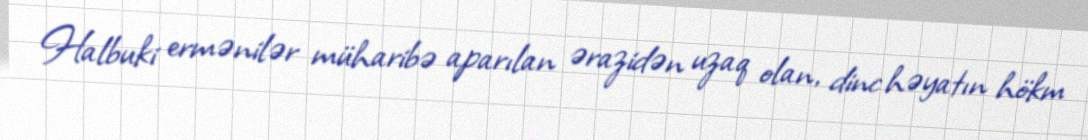
Halbuki ermənilər müharibə aparılan ərazidən uzaq olan, dinc həyatın hökm